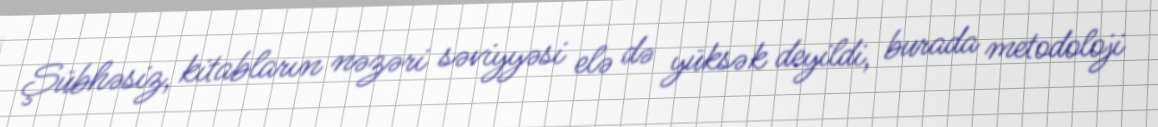
Şübhəsiz, kitabların nəzəri səviyyəsi elə də yüksək deyildi, burada metodoloji